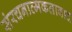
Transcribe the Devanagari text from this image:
संरचनात्मकतावाद